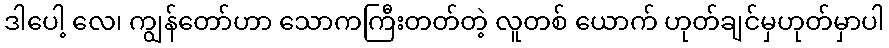
ဒါပေါ့ လေ၊ ကျွန်တော်ဟာ သောကကြီးတတ်တဲ့ လူတစ် ယောက် ဟုတ်ချင်မှဟုတ်မှာပါ